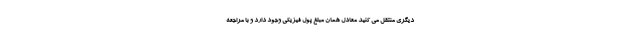
دیگری منتقل می کنید معادل همان مبلغ پول فیزیکی وجود دارد و با مراجعه